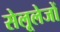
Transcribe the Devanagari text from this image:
सेलूलेजों